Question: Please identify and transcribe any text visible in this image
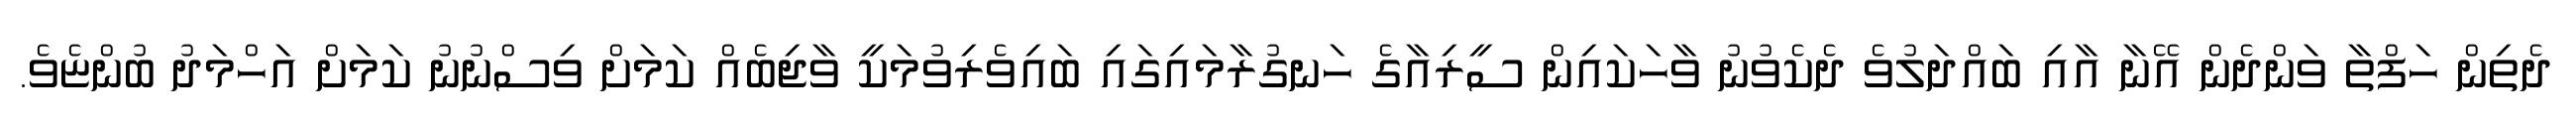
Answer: ދެތިން ހަފްތާ ވަންދެން އޭނާ އާއި ބައްދަލުވެ ދެކެވުނު ވާހަކައިން ސީރިއާގެ ހަނގުރާމައިގައި ބައިވެރިވުމަކީ ވާޖިބެއް ކަމަށް ވިސްނުނު ކަމަށް އަހްމަދު ބުންޏެވެ.